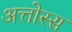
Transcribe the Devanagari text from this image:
अत्तोस्स